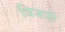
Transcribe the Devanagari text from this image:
विजनों